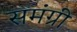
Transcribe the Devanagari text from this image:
समंग्री